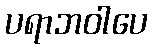
ပရာဘဝါပေ